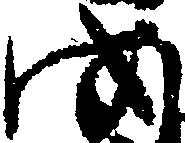
を